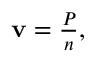
\begin{array} { r } { { \bf v } = \frac { \cal P } { n } , } \end{array}